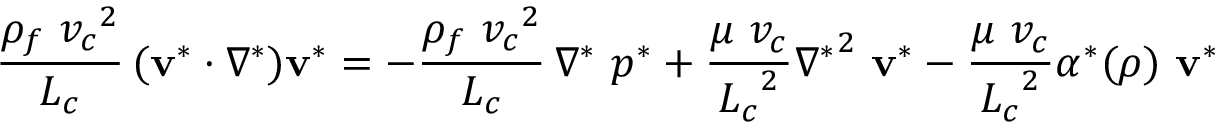
\frac { \rho _ { f } \ { v _ { c } } ^ { 2 } } { L _ { c } } \, ( \mathbf { v ^ { * } } \cdot \boldsymbol { \nabla ^ { * } } ) \mathbf { v ^ { * } } = - \frac { \rho _ { f } \ { v _ { c } } ^ { 2 } } { L _ { c } } \, \boldsymbol { \nabla ^ { * } } \ p ^ { * } + \frac { \mu \ v _ { c } } { { L _ { c } } ^ { 2 } } { \nabla ^ { * } } ^ { 2 } \ \mathbf { v ^ { * } } - \frac { \mu \ v _ { c } } { { L _ { c } } ^ { 2 } } \alpha ^ { * } ( \rho ) \ \mathbf { v ^ { * } }